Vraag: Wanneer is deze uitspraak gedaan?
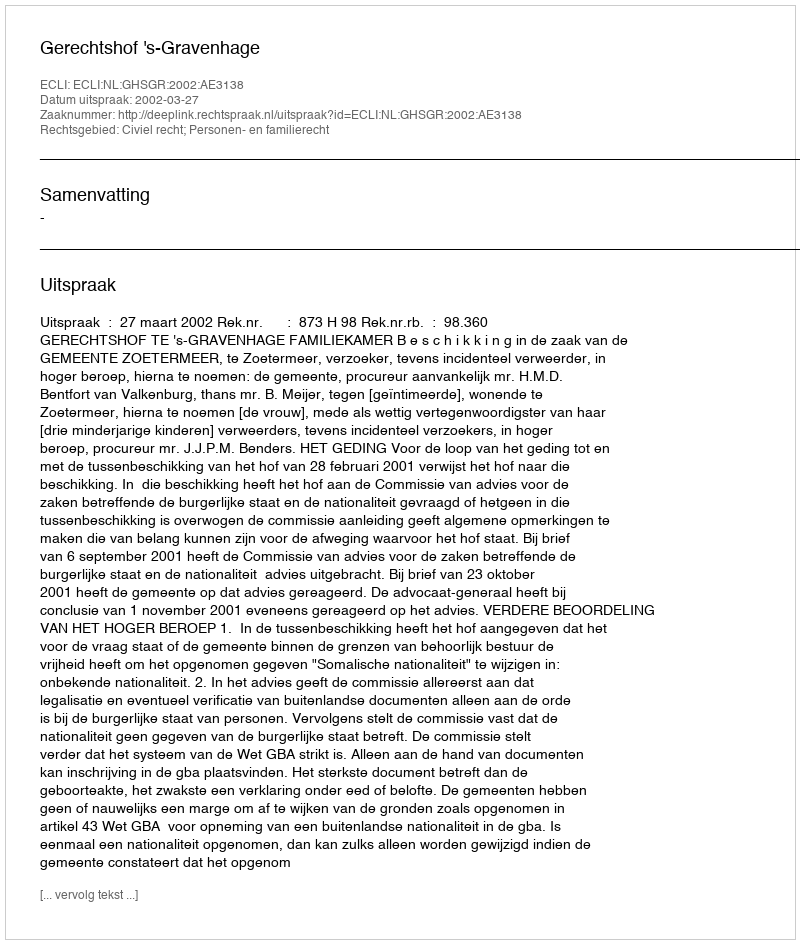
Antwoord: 2002-03-27